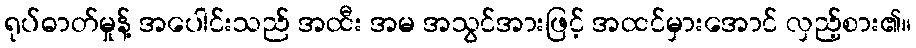
ရုပ်ဓာတ်မှုန့် အပေါင်းသည် အထီး အမ အသွင်အားဖြင့် အထင်မှားအောင် လှည့်စား၏။